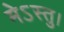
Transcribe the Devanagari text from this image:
मेऽस्तु।